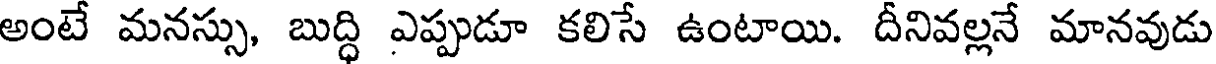
అంటే మనస్సు, బుద్ధి ఎప్పుడూ కలిసే ఉంటాయి. దీనివల్లనే మానవుడు